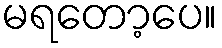
မရတော့ပေ။